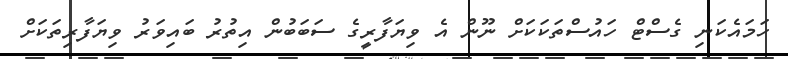
ހަމައެކަނި ގެސްޓް ހައުސްތަކަކަށް ނޫން އެ ވިޔަފާރީގެ ސަބަބުން އިތުރު ބައިވަރު ވިޔަފާރިތަކަށް